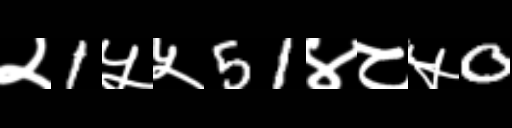
Text: २1५५51४८५0